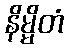
နိမ္မိတံ